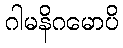
ဂါမနိဂမောပိ